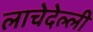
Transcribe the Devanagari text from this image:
लाचेदेल्ली